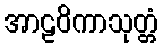
အာဠဝိကာသုတ္တံ